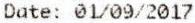
DATE: 01/09/2017